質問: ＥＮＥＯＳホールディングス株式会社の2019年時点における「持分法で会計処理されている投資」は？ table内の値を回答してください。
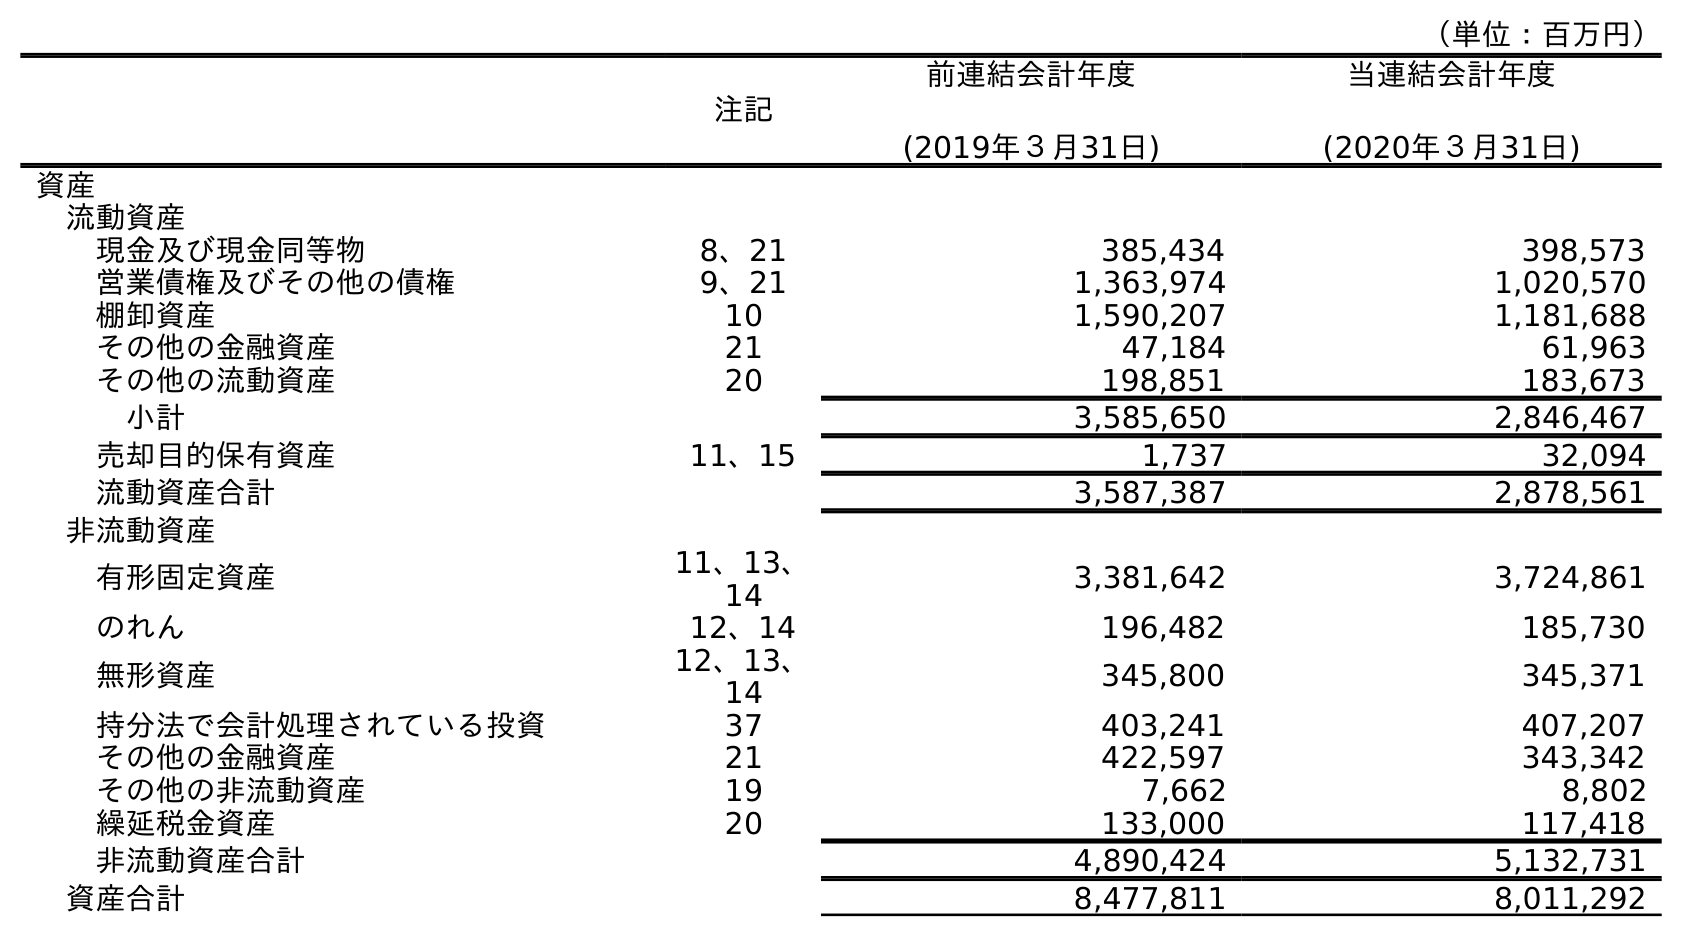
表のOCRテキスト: （単位：百万円） 注記 前連結会計年度 (2019年３月31日) 当連結会計年度 (2020年３月31日) 資産 流動資産 現金及び現金同等物 8、21 385,434 398,573 営業債権及びその他の債権 9、21 1,363,974 1,020,570 棚卸資産 10 1,590,207 1,181,688 その他の金融資産 21 47,184 61,963 その他の流動資産 20 198,851 183,673 小計 3,585,650 2,846,467 売却目的保有資産 11、15 1,737 32,094 流動資産合計 3,587,387 2,878,561 非流動資産 有形固定資産 11、13、 14 3,381,642 3,724,861 のれん 12、14 196,482 185,730 無形資産 12、13、 14 345,800 345,371 持分法で会計処理されている投資 37 403,241 407,207 その他の金融資産 21 422,597 343,342 その他の非流動資産 19 7,662 8,802 繰延税金資産 20 133,000 117,418 非流動資産合計 4,890,424 5,132,731 資産合計 8,477,811 8,011,292
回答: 403,241